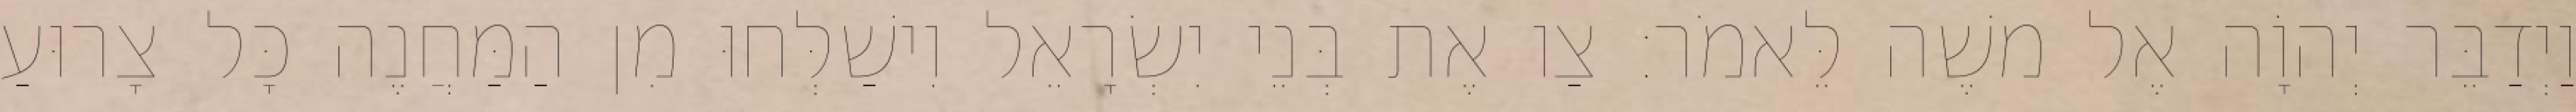
וַיְדַבֵּר יְהוָֹה אֶל משֶׁה לֵּאמֹר׃ צַו אֶת בְּנֵי יִשְׂרָאֵל וִישַׁלְּחוּ מִן הַמַּחֲנֶה כָּל צָרוּעַ